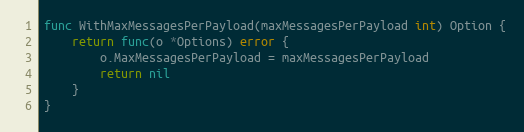
Language: Go
func WithMaxMessagesPerPayload(maxMessagesPerPayload int) Option {
	return func(o *Options) error {
		o.MaxMessagesPerPayload = maxMessagesPerPayload
		return nil
	}
}